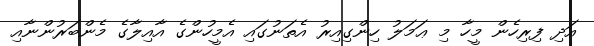
އަދި ފިރިހެން މީހާ މި ޢަމަލު ހިންގިއިރު އެތަނުގައި އެމީހުންގެ އާއިލާގެ މެންބަރުންނާއި